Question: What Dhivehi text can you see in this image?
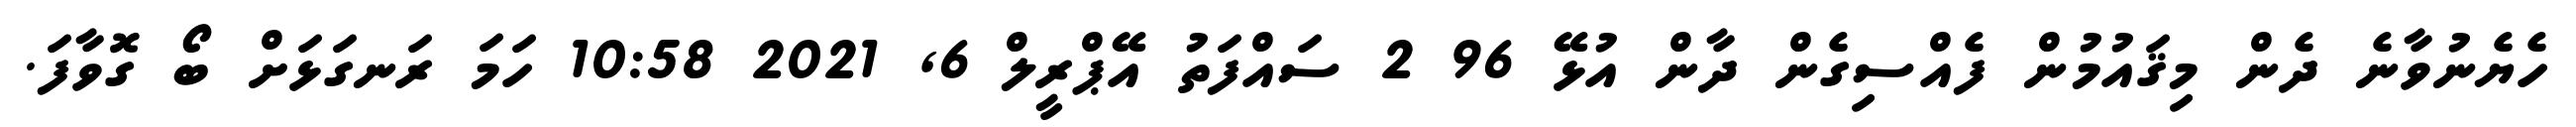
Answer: ހެޔެނުވާނެ ދެން މިޤައުމުން ފެއްސިގެން ދާން އުޅޭ 96 2 ސައްފަތު އޭޕްރީލް 6, 2021 10:58 ހަމަ ރަނގަޅަށް ބޯ ގޮވާފަ.